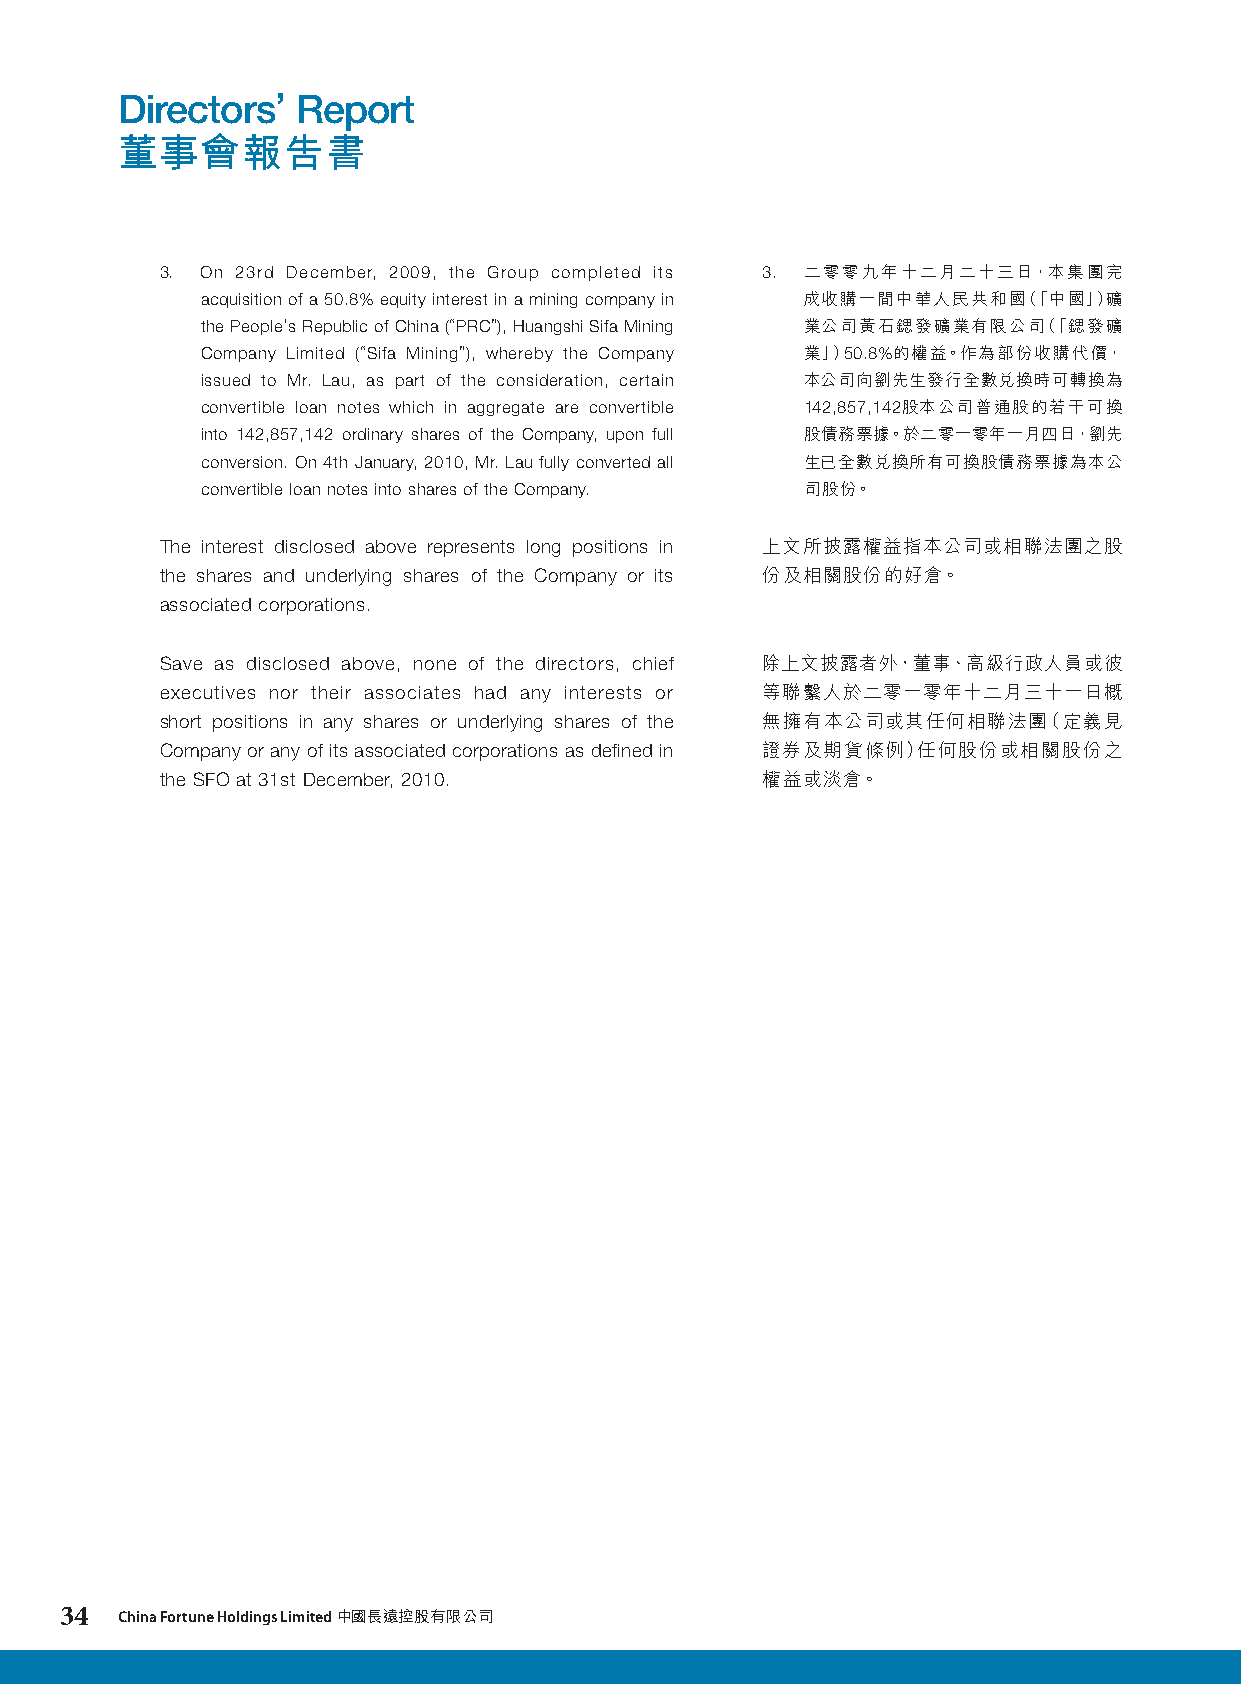
Directors’  Report
 董事會報告書
 3. On 23rd December, 2009, the Group completed its 3. 二零零九年十二月二十三日，本集團完
 acquisition of a 50.8% equity interest in a mining company in 成收購一間中華人民共和國（「中國」）礦
 the People’s Republic of China (“PRC”), Huangshi Sifa Mining 業公司黃石鍶發礦業有限公司（「鍶發礦
 Company Limited (“Sifa Mining”), whereby the Company 業」）50.8%的權益。作為部份收購代價，
 issued to Mr. Lau, as part of the consideration, certain 本公司向劉先生發行全數兌換時可轉換為
 convertible loan notes which in aggregate are convertible 142,857,142股本公司普通股的若干可換
 into 142,857,142 ordinary shares of the Company, upon full 股債務票據。於二零一零年一月四日，劉先
 conversion. On 4th January, 2010, Mr. Lau fully converted all 生已全數兌換所有可換股債務票據為本公
 convertible loan notes into shares of the Company. 司股份。
 The interest disclosed above represents long positions in 上文所披露權益指本公司或相聯法團之股
 the shares and underlying shares of the Company or its 份及相關股份的好倉。
 associated corporations.
 Save as disclosed above, none of the directors, chief 除上文披露者外，董事、高級行政人員或彼
 executives nor their associates had any interests or 等聯繫人於二零一零年十二月三十一日概
 short positions in any shares or underlying shares of the 無擁有本公司或其任何相聯法團（定義見
 Company or any of its associated corporations as defined in 證券及期貨條例）任何股份或相關股份之
 the SFO at 31st December, 2010.        權益或淡倉。
 34  China Fortune Holdings Limited 中國長遠控股有限公司